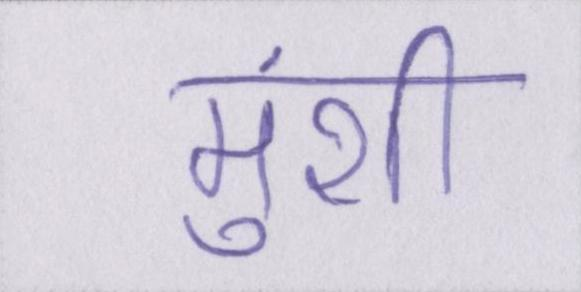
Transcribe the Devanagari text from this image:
मुंशी